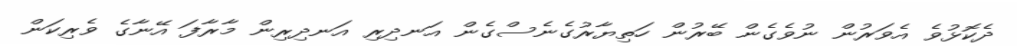
ދެކޮޅުވެ އެވަރުން ނުވެގެން ބޭރުން ހަތިޔާރުގެނެސްގެން އަނދިރި އަނދިރިން މާރާފަ އޭނާގެ ވެރިކަން